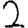
Digit: 2